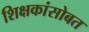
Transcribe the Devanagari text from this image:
शिक्षकांसोबत